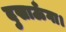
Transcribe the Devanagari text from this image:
दुखाऊँगा।